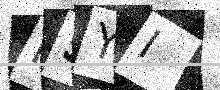
Text: N5YI